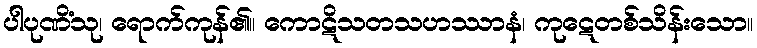
ပါပုဏိံသု၊ ရောက်ကုန်၏။ ကောဋိသတသဟဿာနံ၊ ကုဋေတစ်သိန်းသော။